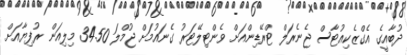
ދުބާއީގެ އެގްޒެކިއުޓާސް ޖެނެރަލް ޓްރޭޑިންއަށް ވެންޓިލޭޓަރު ގެނައުމަށް ޖުމްލަ 34.50 މިލިއަން ރުފިޔާއަށް